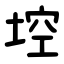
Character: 埪